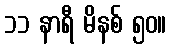
၁၁ နာရီ မိနစ် ၅၀။